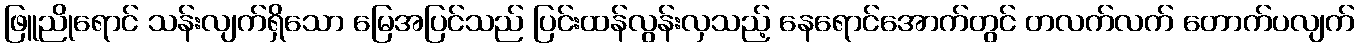
ဖြူညိုရောင် သန်းလျက်ရှိသော မြေအပြင်သည် ပြင်းထန်လွန်းလှသည့် နေရောင်အောက်တွင် တလက်လက် တောက်ပလျက်